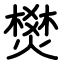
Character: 燓